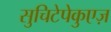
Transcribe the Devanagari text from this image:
सुचिटेपेकुएज़